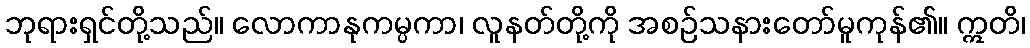
ဘုရားရှင်တို့သည်။ လောကာနုကမ္ပကာ၊ လူနတ်တို့ကို အစဉ်သနားတော်မူကုန်၏။ ဣတိ၊